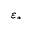
\varepsilon _ { * }